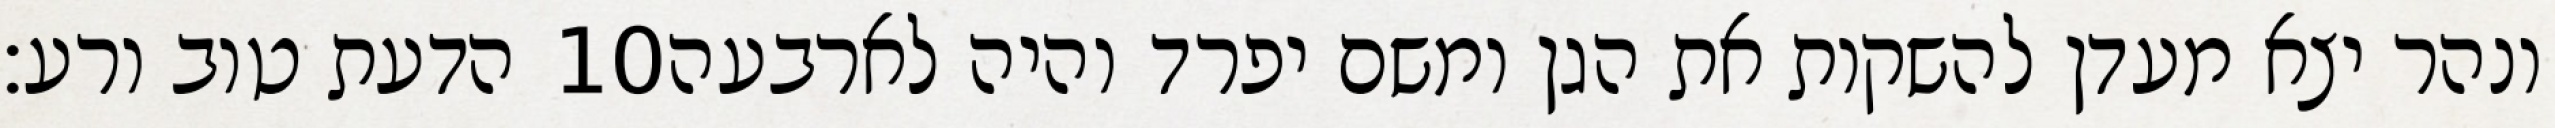
הדעת טוב ורע׃ ‎10‏ ונהר יצא מעדן להשקות את הגן ומשם יפרד והיה לארבעה